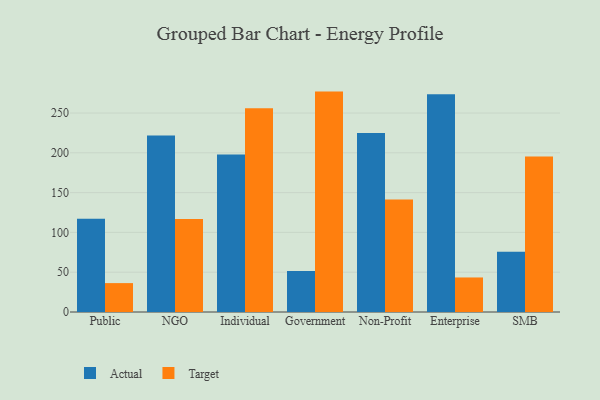
{"axis": {"x": "Segment", "y": "Budget (USD K)"}, "legend": ["Actual", "Target"], "data": [{"x": "Public", "y": 117.1, "type": "Actual"}, {"x": "Public", "y": 36.3, "type": "Target"}, {"x": "NGO", "y": 221.8, "type": "Actual"}, {"x": "NGO", "y": 116.7, "type": "Target"}, {"x": "Individual", "y": 197.8, "type": "Actual"}, {"x": "Individual", "y": 256.0, "type": "Target"}, {"x": "Government", "y": 51.5, "type": "Actual"}, {"x": "Government", "y": 276.9, "type": "Target"}, {"x": "Non-Profit", "y": 224.9, "type": "Actual"}, {"x": "Non-Profit", "y": 141.3, "type": "Target"}, {"x": "Enterprise", "y": 273.7, "type": "Actual"}, {"x": "Enterprise", "y": 43.4, "type": "Target"}, {"x": "SMB", "y": 75.6, "type": "Actual"}, {"x": "SMB", "y": 195.5, "type": "Target"}]}